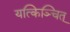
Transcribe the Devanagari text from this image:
यत्किञ्चित्